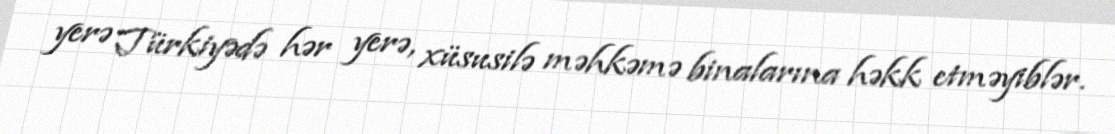
yerə Türkiyədə hər yerə, xüsusilə məhkəmə binalarına həkk etməyiblər.